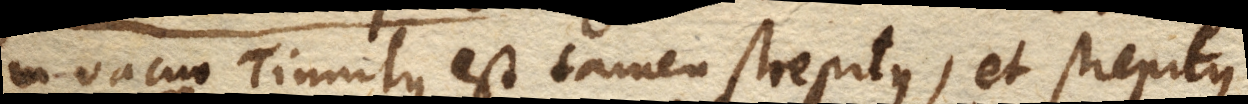
in vacuo Tinnitus, est tamen strepitus, et strepitus